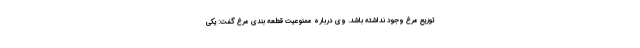
توزیع مرغ وجود نداشته باشد. وی درباره ممنوعیت قطعه بندی مرغ گفت: یکی